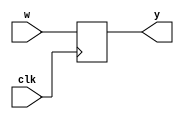
module gold (y, clk, w);
  input clk;
  wire [1:0] i;
  input w;
  output y;
  reg y = 1'h0;
  always @(posedge clk)
      y <= w;
  assign i = 2'h0;
endmodule